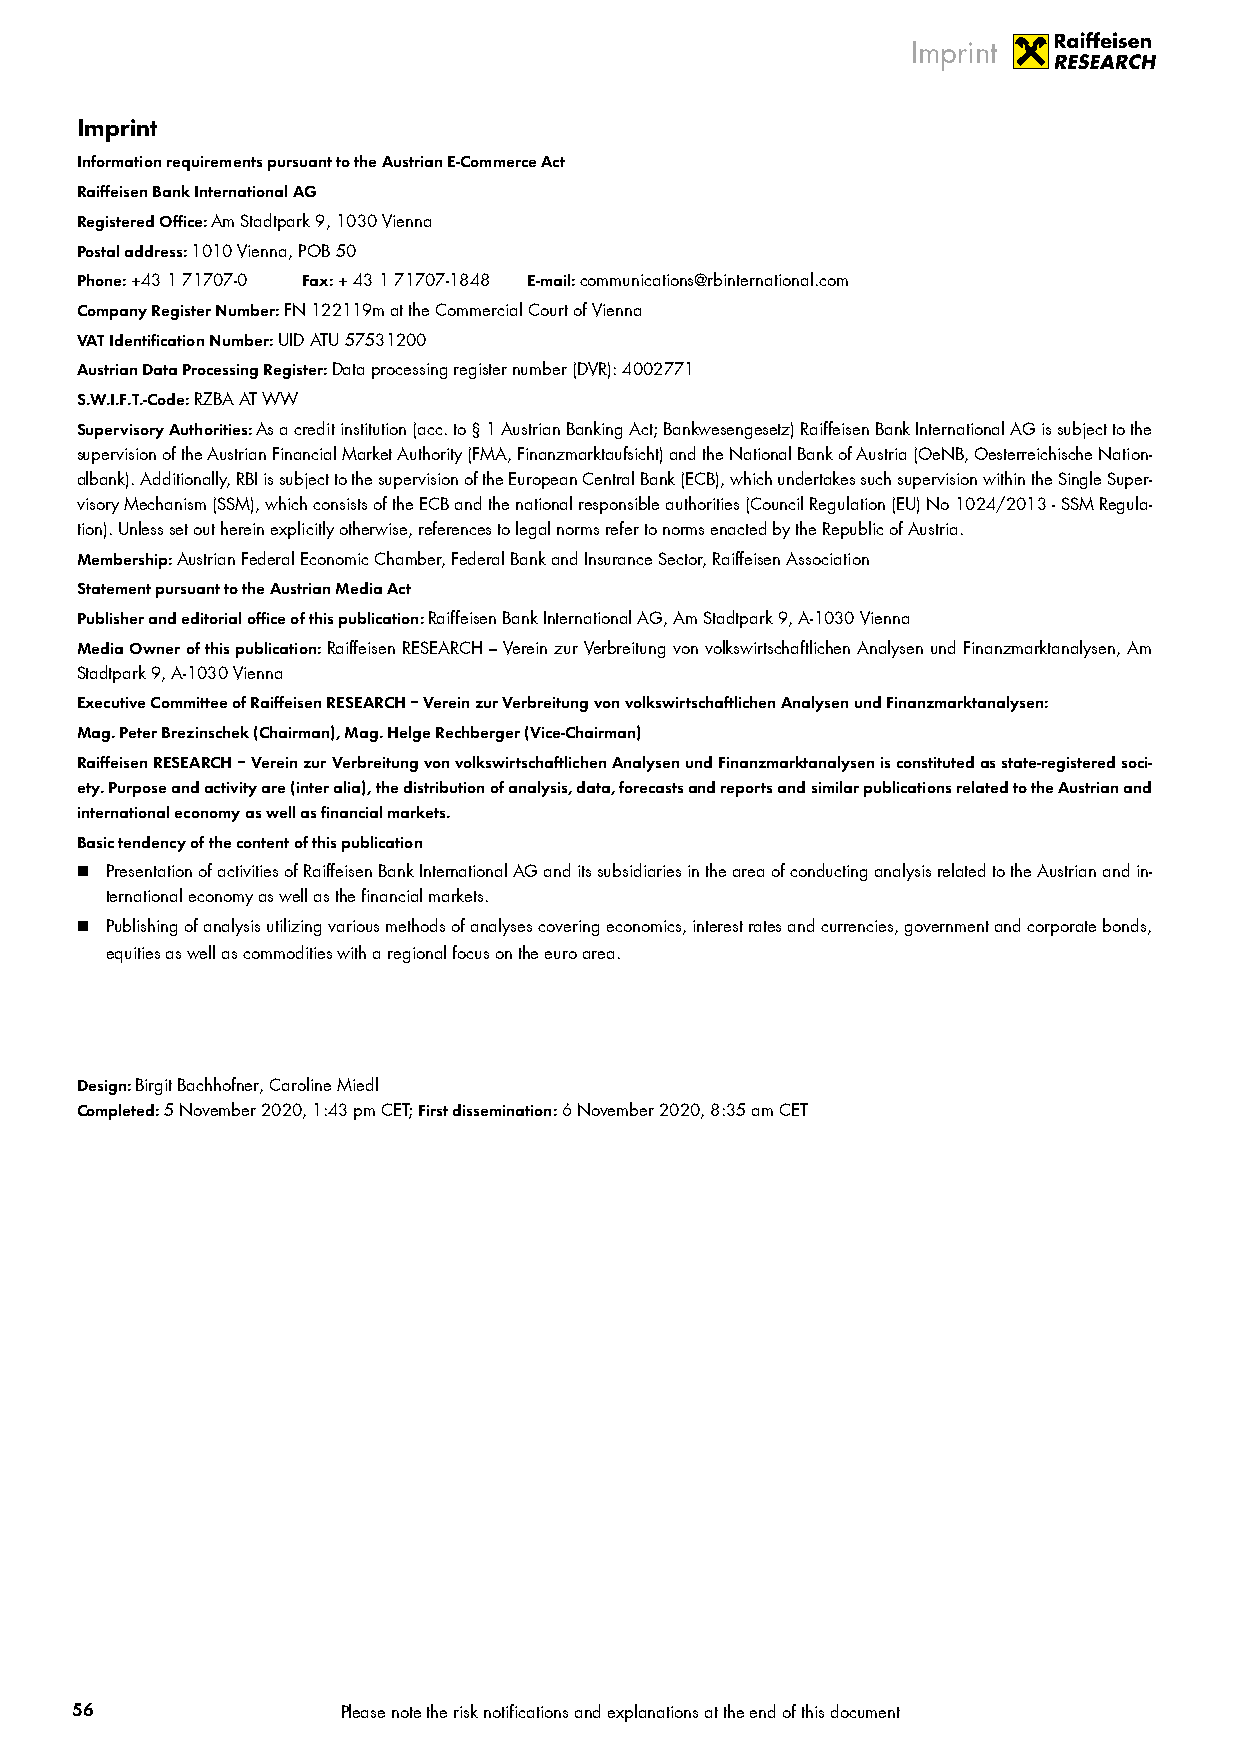
Imprint
 Imprint
 Information requirements pursuant to the Austrian E-Commerce Act
 Raiffeisen Bank International AG
 Registered Office: Am Stadtpark 9, 1030 Vienna
 Postal address: 1010 Vienna, POB 50
 Phone: +43 1 71707-0 Fax: + 43 1 71707-1848 E-mail: communications@rbinternational.com
 Company Register Number: FN 122119m at the Commercial Court of Vienna
 VAT Identification Number: UID ATU 57531200
 Austrian Data Processing Register: Data processing register number (DVR): 4002771
 S.W.I.F.T.-Code: RZBA AT WW
 Supervisory Authorities: As a credit institution (acc. to § 1 Austrian Banking Act; Bankwesengesetz) Raiffeisen Bank International AG is subject to the
 supervision of the Austrian Financial Market Authority (FMA, Finanzmarktaufsicht) and the National Bank of Austria (OeNB, Oesterreichische Nation-
 albank). Additionally, RBI is subject to the supervision of the European Central Bank (ECB), which undertakes such supervision within the Single Super-
 visory Mechanism (SSM), which consists of the ECB and the national responsible authorities (Council Regulation (EU) No 1024/2013 - SSM Regula-
 tion). Unless set out herein explicitly otherwise, references to legal norms refer to norms enacted by the Republic of Austria.
 Membership: Austrian Federal Economic Chamber, Federal Bank and Insurance Sector, Raiffeisen Association
 Statement pursuant to the Austrian Media Act
 Publisher and editorial office of this publication: Raiffeisen Bank International AG, Am Stadtpark 9, A-1030 Vienna
 Media Owner of this publication: Raiffeisen RESEARCH – Verein zur Verbreitung von volkswirtschaftlichen Analysen und Finanzmarktanalysen, Am
 Stadtpark 9, A-1030 Vienna
 Executive Committee of Raiffeisen RESEARCH – Verein zur Verbreitung von volkswirtschaftlichen Analysen und Finanzmarktanalysen:
 Mag. Peter Brezinschek (Chairman), Mag. Helge Rechberger (Vice-Chairman)
 Raiffeisen RESEARCH – Verein zur Verbreitung von volkswirtschaftlichen Analysen und Finanzmarktanalysen is constituted as state-registered soci-
 ety. Purpose and activity are (inter alia), the distribution of analysis, data, forecasts and reports and similar publications related to the Austrian and
 international economy as well as financial markets.
 Basic tendency of the content of this publication
  Presentation of activities of Raiffeisen Bank International AG and its subsidiaries in the area of conducting analysis related to the Austrian and in-
 ternational economy as well as the financial markets.
  Publishing of analysis utilizing various methods of analyses covering economics, interest rates and currencies, government and corporate bonds,
 equities as well as commodities with a regional focus on the euro area.
 Design: Birgit Bachhofner, Caroline Miedl
 Completed: 5 November 2020, 1:43 pm CET; First dissemination: 6 November 2020, 8:35 am CET
 56                Please note the risk notifications and explanations at the end of this document